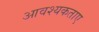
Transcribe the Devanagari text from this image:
आवश्यकताए